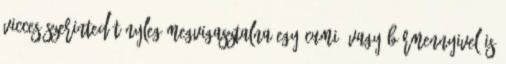
vicces Szerinted tényleg megvigasztalna egy cumi? Vagy bármennyivel is